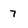
Character: 7